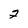
Character: 2